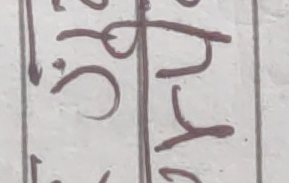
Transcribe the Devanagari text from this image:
१८प.७यु८र